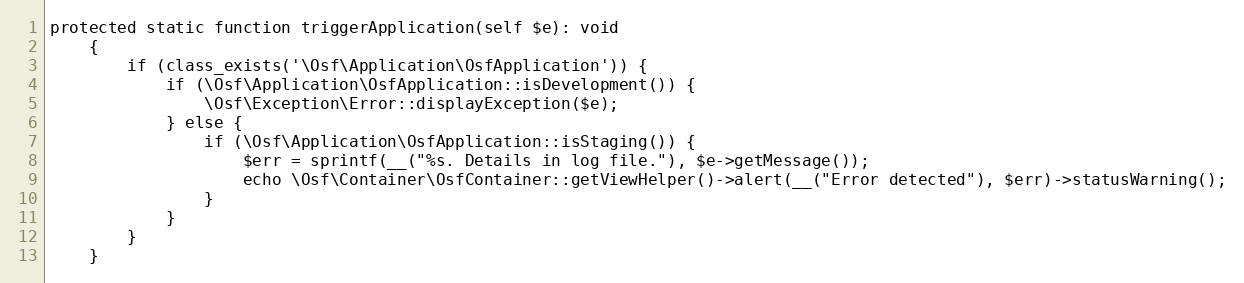
Language: PHP
protected static function triggerApplication(self $e): void
    {
        if (class_exists('\Osf\Application\OsfApplication')) {
            if (\Osf\Application\OsfApplication::isDevelopment()) {
                \Osf\Exception\Error::displayException($e);
            } else {
                if (\Osf\Application\OsfApplication::isStaging()) {
                    $err = sprintf(__("%s. Details in log file."), $e->getMessage());
                    echo \Osf\Container\OsfContainer::getViewHelper()->alert(__("Error detected"), $err)->statusWarning();
                }
            }
        }
    }